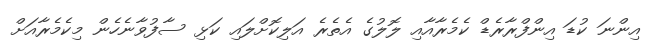
އިންނަ ކުޑަ އިންފްރާރެޑް ކެމެރާއާއި ލޮލުގެ އެތެރެ އަލިކޮށްލައި ކަޅި ސާފުވާނެހެން މިކެމެރާއަށް